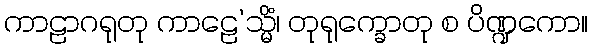
ကာဠာဂရုတု ကာဠေ’သ္မိံ၊ တုရုက္ခောတု စ ပိဏ္ဍကော။